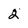
Character: 2